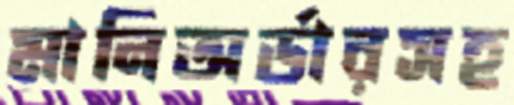
মানিঅর্ডারসহ